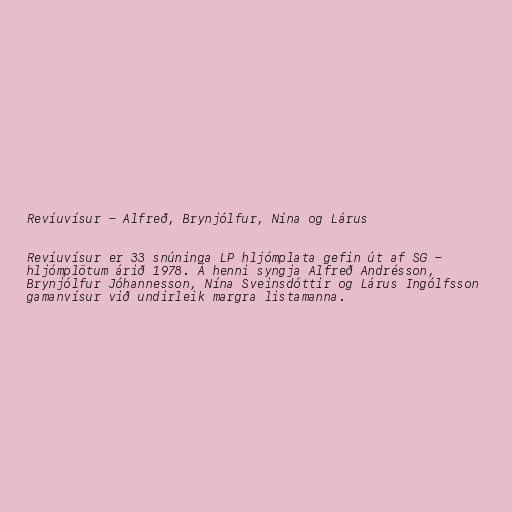
Revíuvísur - Alfreð, Brynjólfur, Nína og Lárus

Revíuvísur er 33 snúninga LP hljómplata gefin út af SG -
hljómplötum árið 1978. Á henni syngja Alfreð Andrésson,
Brynjólfur Jóhannesson, Nína Sveinsdóttir og Lárus Ingólfsson
gamanvísur við undirleik margra listamanna.